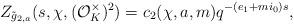
LaTeX: \begin{align*}Z_{\tilde{g}_{2, a}}(s, \chi, (\mathcal{O}_K^{\times})^2)=c_2(\chi, a, m)q^{-(e_1+mi_0)s},\end{align*}